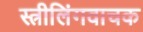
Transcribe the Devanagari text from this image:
स्त्रीलिंगवाचक